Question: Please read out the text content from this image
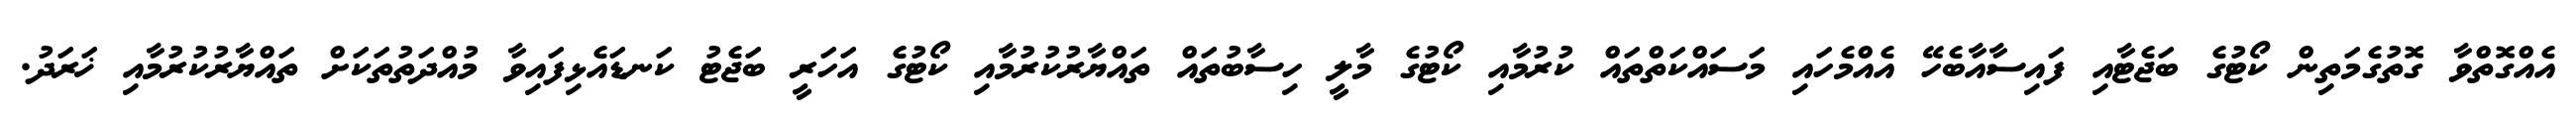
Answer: އެއްގޮތްވާ ގޮތުގެމަތިން ކޯޓުގެ ބަޖެޓާއި ފައިސާއާބެހޭ އެއްމެހައި މަސައްކަތްތައް ކުރުމާއި ކޯޓުގެ މާލީ ހިސާބުތައް ތައްޔާރުކުރުމާއި ކޯޓުގެ އަހަރީ ބަޖެޓު ކަނޑައެޅިފައިވާ މުއްދަތުތަކަށް ތައްޔާރުކުރުމާއި ޚަރަދު.